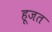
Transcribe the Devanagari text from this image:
हूजत